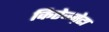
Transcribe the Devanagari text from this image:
किऐज्म़ेटा